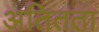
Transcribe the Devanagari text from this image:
अतितता